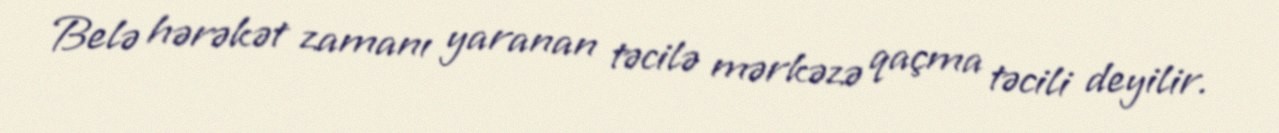
Belə hərəkət zamanı yaranan təcilə mərkəzə qaçma təcili deyilir.